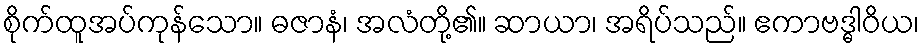
စိုက်ထူအပ်ကုန်သော။ ဓဇာနံ၊ အလံတို့၏။ ဆာယာ၊ အရိပ်သည်။ ဧကာဗဒ္ဓါဝိယ၊